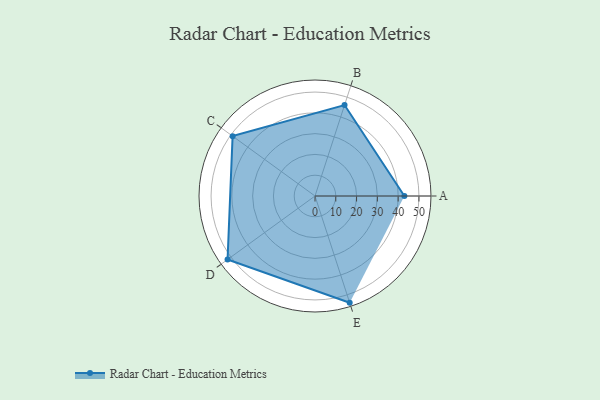
{"axis": {"x": "Skill", "y": "Score"}, "legend": ["Profile"], "data": [{"x": "A", "y": 43.0, "type": "Profile"}, {"x": "B", "y": 46.0, "type": "Profile"}, {"x": "C", "y": 49.0, "type": "Profile"}, {"x": "D", "y": 52.0, "type": "Profile"}, {"x": "E", "y": 54.0, "type": "Profile"}]}